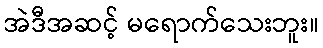
အဲဒီအဆင့် မရောက်သေးဘူး။